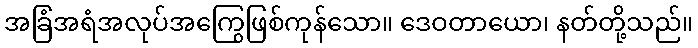
အခြံအရံအလုပ်အကြွေဖြစ်ကုန်သော။ ဒေဝတာယော၊ နတ်တို့သည်။